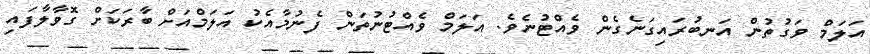
އަލަމް ވަގުތުން އަނބުރައިގަނެގެން ވެއްޓުނެވެ. އަލަމް ވެއްޓުނުތަން ފެނުމާއެކު އަލަމްއަށް ބާރަކަށް ގޮވާލާފައި